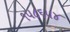
૧૫૮૬૫૪